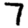
Digit: 7